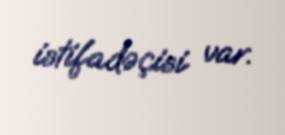
istifadəçisi var.